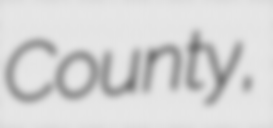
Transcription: County,